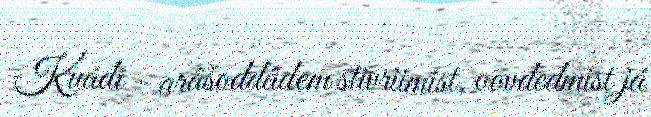
Kuáđi – arâšoddâdem stivriimist, oovdedmist já